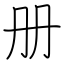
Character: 册